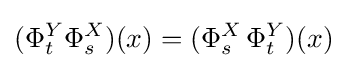
(\Phi _{t}^{Y}\Phi _{s}^{X})(x)=(\Phi _{s}^{X}\,\Phi _{t}^{Y})(x)